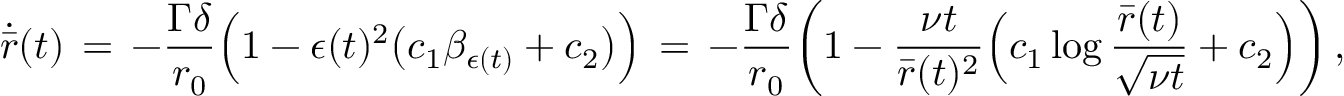
\dot { \bar { r } } ( t ) \, = \, - \frac { \Gamma \delta } { r _ { 0 } } \Bigl ( 1 - \epsilon ( t ) ^ { 2 } \bigl ( c _ { 1 } \beta _ { \epsilon ( t ) } + c _ { 2 } \bigr ) \Bigr ) \, = \, - \frac { \Gamma \delta } { r _ { 0 } } \biggl ( 1 - \frac { \nu t } { { \bar { r } } ( t ) ^ { 2 } } \Bigl ( c _ { 1 } \log \frac { \bar { r } ( t ) } { \sqrt { \nu t } } + c _ { 2 } \Bigr ) \biggr ) \, ,